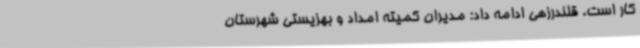
کار است. قلندرزهی ادامه داد: مدیران کمیته امداد و بهزیستی شهرستان